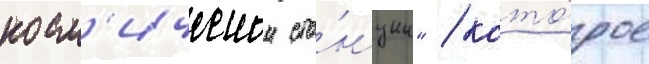
косм'ическои ста́нции" / кото́рое